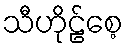
သီဟိုဠ်စေ့